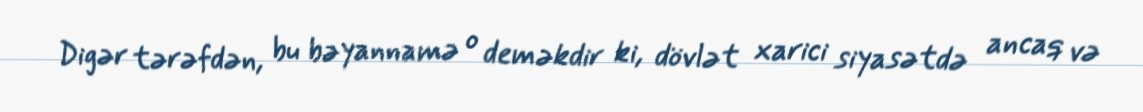
Digər tərəfdən, bu bəyannamə o deməkdir ki, dövlət xarici siyasətdə ancaq və